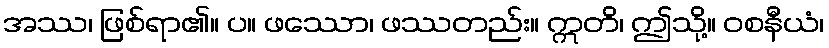
အဿ၊ ဖြစ်ရာ၏။ ပ။ ဖဿော၊ ဖဿတည်း။ ဣတိ၊ ဤသို့။ ဝစနီယံ၊